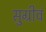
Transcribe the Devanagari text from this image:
सुग्रीवं